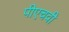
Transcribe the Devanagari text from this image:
पीएचवी